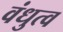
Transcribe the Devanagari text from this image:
वंधुत्व